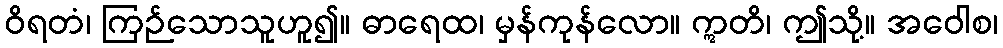
ဝိရတံ၊ ကြဉ်သောသူဟူ၍။ ဓာရေထ၊ မှန်ကုန်လော။ ဣတိ၊ ဤသို့။ အဝေါစ၊